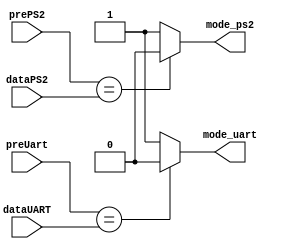
`timescale 1ns / 1ps

module select_mode(
    input [7:0] prePS2,
    input [7:0] preUart,
    input [7:0] dataPS2,
    input [7:0] dataUART,
    output reg mode_ps2,
    output reg mode_uart
    );


always @(dataPS2)
    begin
        if (prePS2 == dataPS2)    
            mode_ps2 <= 0;
        else
            mode_ps2 <= 1;
    end

always @(dataUART)
    begin
        if (preUart == dataUART)    
            mode_uart <= 0;
        else
            mode_uart <= 1;
    end
        

endmodule